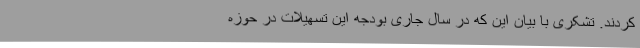
کردند. تشکری با بیان این که در سال جاری بودجه این تسهیلات در حوزه